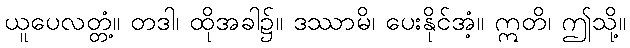
ယူပေလတ္တံ့။ တဒါ၊ ထိုအခါ၌။ ဒဿာမိ၊ ပေးနိုင်အံ့။ ဣတိ၊ ဤသို့။